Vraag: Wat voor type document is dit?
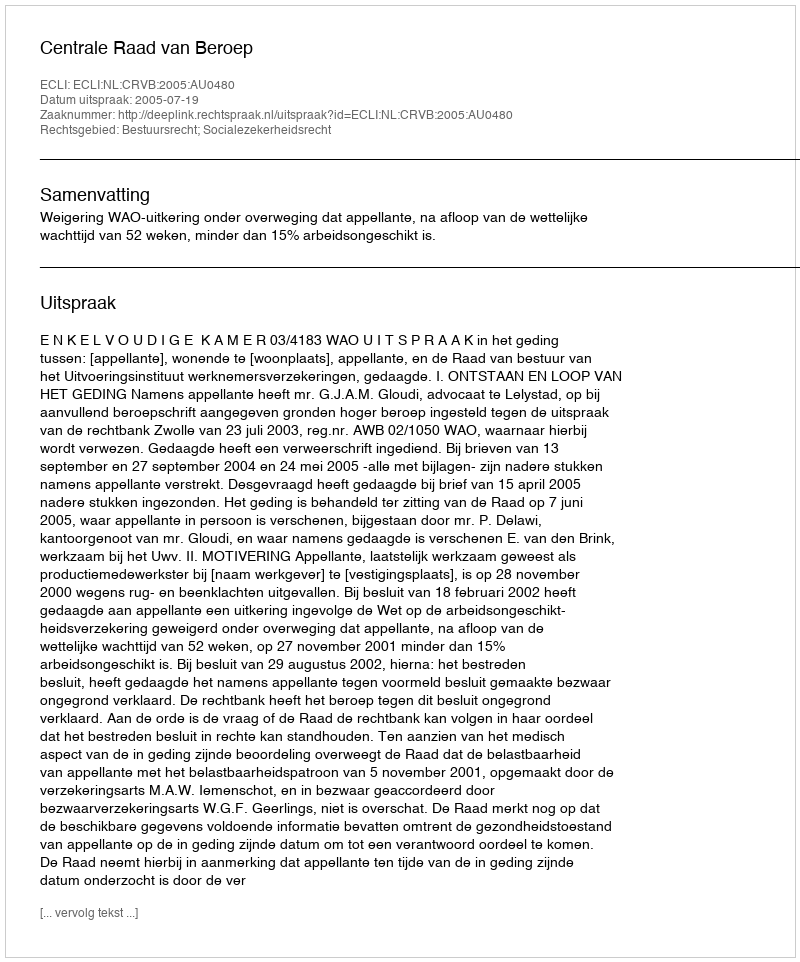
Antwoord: Uitspraak